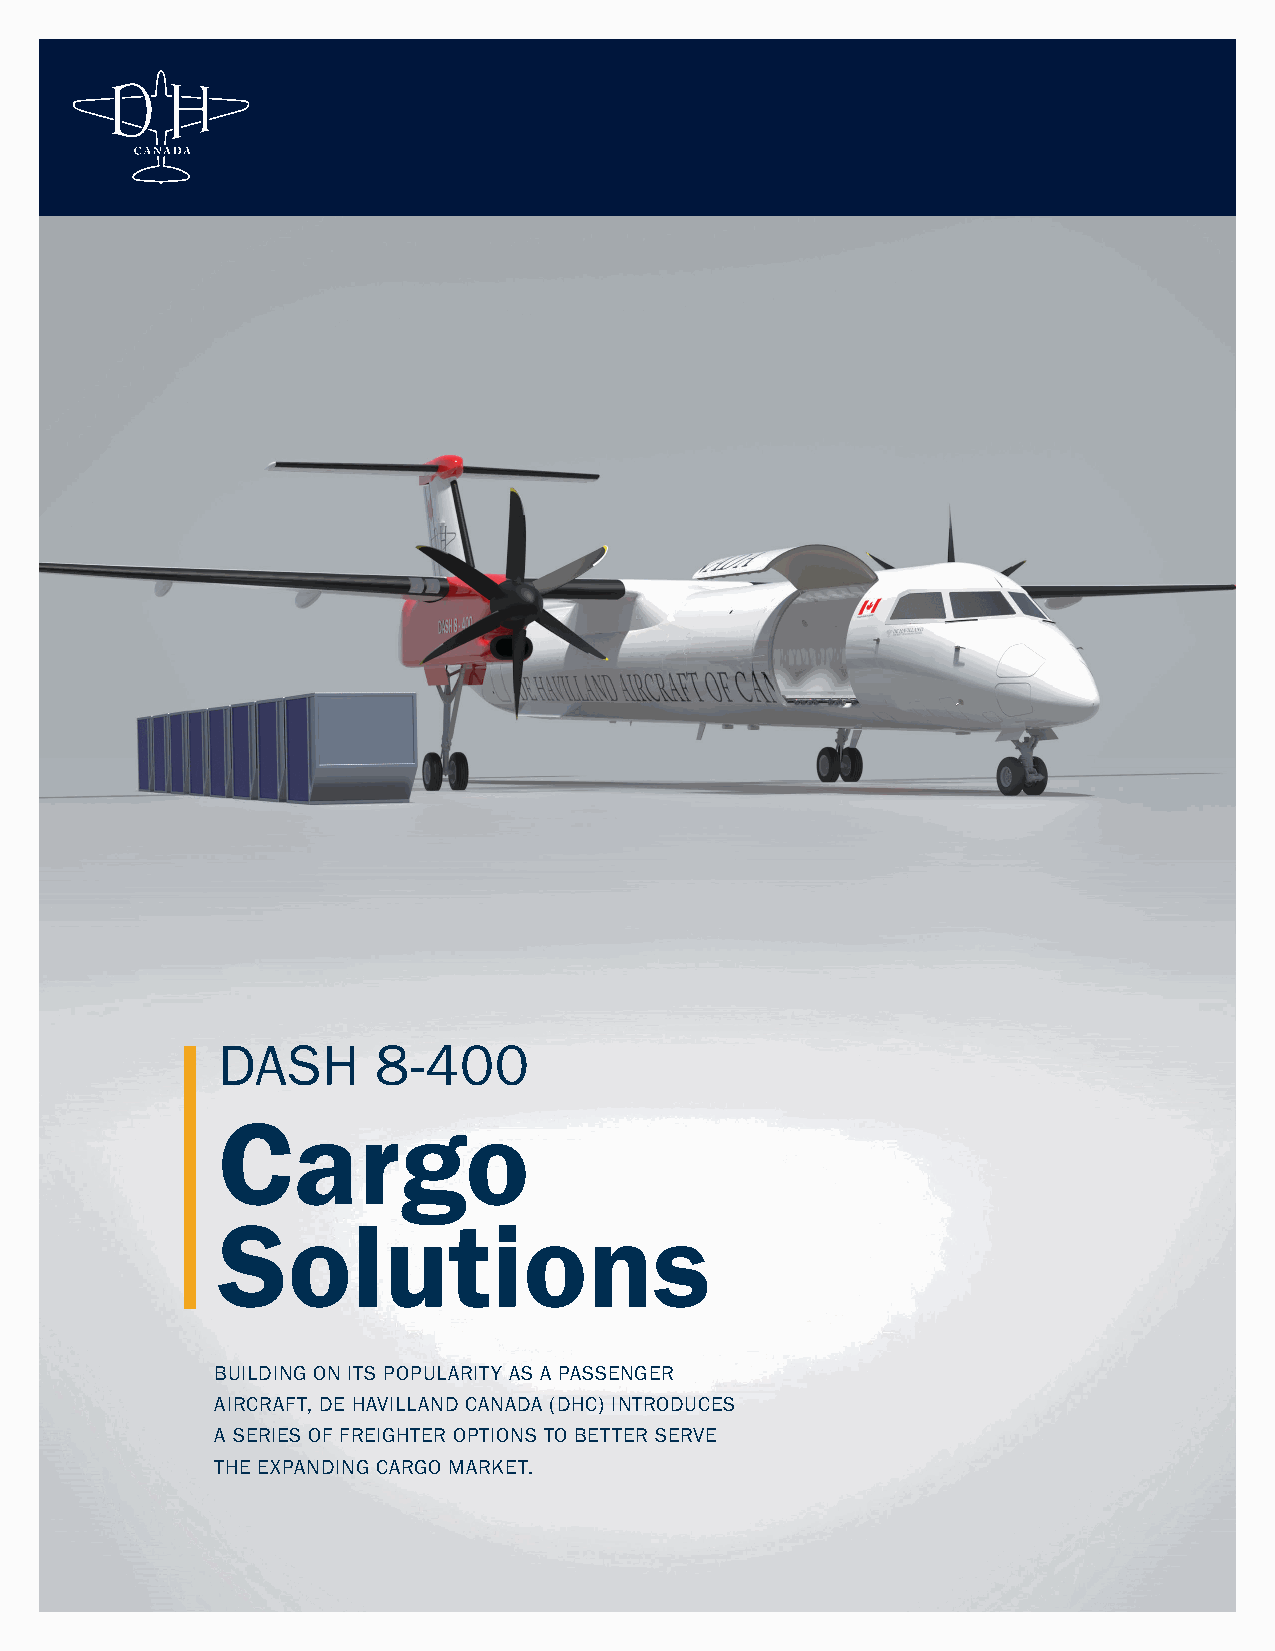
DASH       8-400
 Cargo
 Solutions
 BUILDING ON ITS POPULARITY AS A PASSENGER
 AIRCRAFT, DE HAVILLAND CANADA (DHC) INTRODUCES
 A SERIES OF FREIGHTER OPTIONS TO BETTER SERVE
 THE EXPANDING CARGO MARKET.